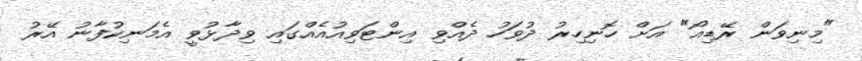
"މިނިވަން ރޭޑިއޯ" އަށް ހޮނިހިރު ދުވަހު ދެއްވި އިންޓަވިއުއެއްގައި ވިދާޅުވީ އެމަނިކުފާނު އޭރު